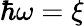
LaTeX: \hbar\omega=\xi